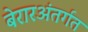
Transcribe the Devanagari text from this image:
बेरारअंतर्गत